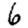
Digit: 6